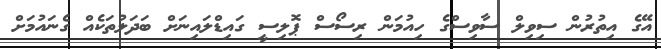
އޭގެ އިތުރުން ސިވިލް ސާވިސްގެ ހިއުމަން ރިސޯސް ޕޮލިސީ ގައިޑްލައިނަށް ބަދަލުތަކެއް ގެނައުމަށް